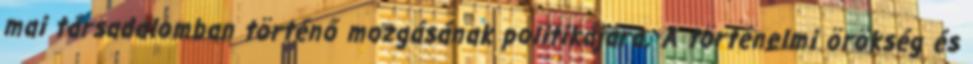
mai társadalomban történő mozgásának politikájára. A történelmi örökség és